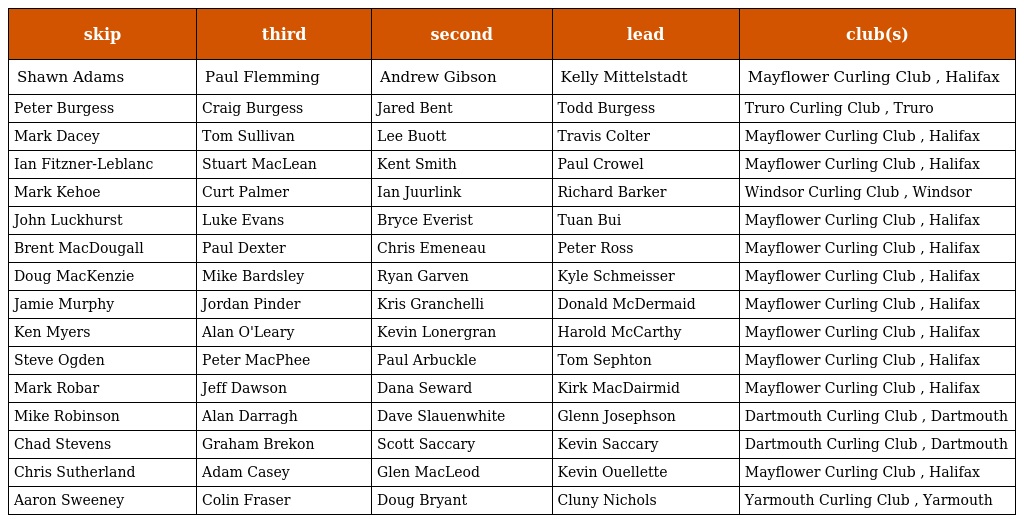
| skip | third | second | lead | club(s) |
 | --- | --- | --- | --- | --- |
 | Shawn Adams | Paul Flemming | Andrew Gibson | Kelly Mittelstadt | Mayflower Curling Club , Halifax |
 | Peter Burgess | Craig Burgess | Jared Bent | Todd Burgess | Truro Curling Club , Truro |
 | Mark Dacey | Tom Sullivan | Lee Buott | Travis Colter | Mayflower Curling Club , Halifax |
 | Ian Fitzner-Leblanc | Stuart MacLean | Kent Smith | Paul Crowel | Mayflower Curling Club , Halifax |
 | Mark Kehoe | Curt Palmer | Ian Juurlink | Richard Barker | Windsor Curling Club , Windsor |
 | John Luckhurst | Luke Evans | Bryce Everist | Tuan Bui | Mayflower Curling Club , Halifax |
 | Brent MacDougall | Paul Dexter | Chris Emeneau | Peter Ross | Mayflower Curling Club , Halifax |
 | Doug MacKenzie | Mike Bardsley | Ryan Garven | Kyle Schmeisser | Mayflower Curling Club , Halifax |
 | Jamie Murphy | Jordan Pinder | Kris Granchelli | Donald McDermaid | Mayflower Curling Club , Halifax |
 | Ken Myers | Alan O'Leary | Kevin Lonergran | Harold McCarthy | Mayflower Curling Club , Halifax |
 | Steve Ogden | Peter MacPhee | Paul Arbuckle | Tom Sephton | Mayflower Curling Club , Halifax |
 | Mark Robar | Jeff Dawson | Dana Seward | Kirk MacDairmid | Mayflower Curling Club , Halifax |
 | Mike Robinson | Alan Darragh | Dave Slauenwhite | Glenn Josephson | Dartmouth Curling Club , Dartmouth |
 | Chad Stevens | Graham Brekon | Scott Saccary | Kevin Saccary | Dartmouth Curling Club , Dartmouth |
 | Chris Sutherland | Adam Casey | Glen MacLeod | Kevin Ouellette | Mayflower Curling Club , Halifax |
 | Aaron Sweeney | Colin Fraser | Doug Bryant | Cluny Nichols | Yarmouth Curling Club , Yarmouth |